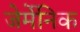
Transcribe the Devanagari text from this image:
जेर्मेनिक